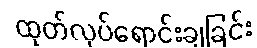
ထုတ်လုပ်ရောင်းချခြင်း